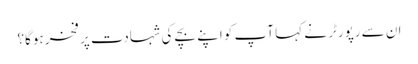
ان سے رپورٹر نے کہا آپ کو اپنے بچے کی شہادت پر فخر ہوگا؟